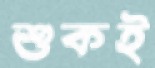
শুকই